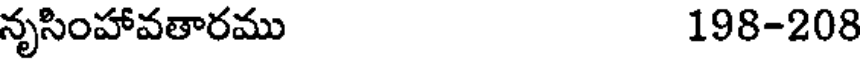
నృసింహావతారము 198-208